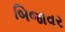
બિજાવર